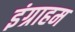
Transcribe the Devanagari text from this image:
इंग्राहम